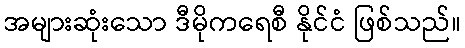
အများဆုံးသော ဒီမိုကရေစီ နိုင်ငံ ဖြစ်သည်။